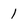
Character: 1